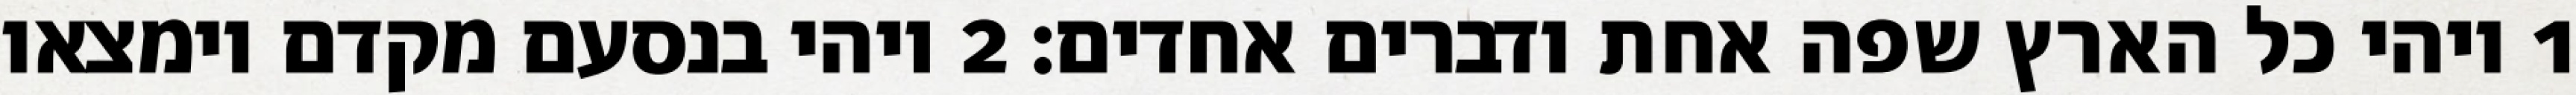
1 ויהי כל הארץ שפה אחת ודברים אחדים׃ ‎2‏ ויהי בנסעם מקדם וימצאו